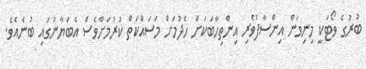
ބުރުގެ ވޯޓަކީ މިނިވަން އިންސާފުވެރި އިންތިހާބަކަށް ހެދުމަށް މަސައްކަތް ކުރުމަށްވެސް އެބަޔާނުގައި ބުނެއެވެ.